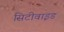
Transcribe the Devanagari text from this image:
सिटीवाइड